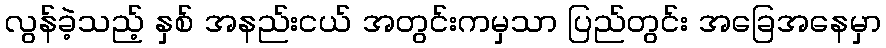
လွန်ခဲ့သည့် နှစ် အနည်းငယ် အတွင်းကမှသာ ပြည်တွင်း အခြေအနေမှာ